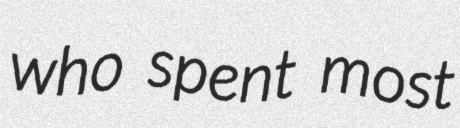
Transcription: who spent most